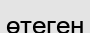
өтеген